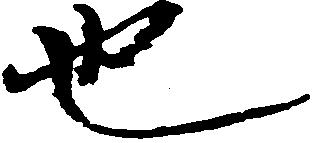
也